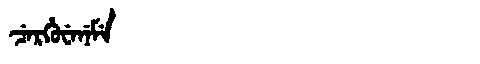
Manchu: ᠴᡝᡵᡥᡠᠸᡝᠨᡝᠮᡝ
Romanization: CERHUWENEME